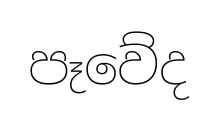
පෑවේද